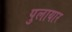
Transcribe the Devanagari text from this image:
पुलायार